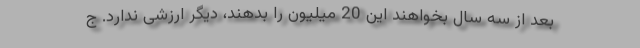
بعد از سه سال بخواهند این 20 میلیون را بدهند، دیگر ارزشی ندارد. ج